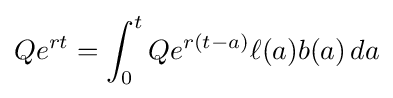
Qe^{rt}=\int _{0}^{t}Qe^{r(t-a)}\ell (a)b(a)\,da